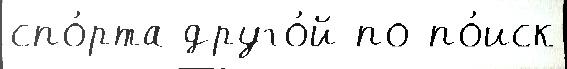
спо́рта друго́й по по́иск